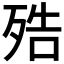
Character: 𣨓